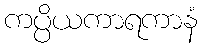
ကပ္ပိယကာရကာနံ